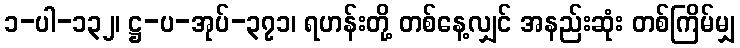
၁-ပါ-၁၃၂၊ ဋ္ဌ-ပ-အုပ်-၃၇၁၊ ရဟန်းတို့ တစ်နေ့လျှင် အနည်းဆုံး တစ်ကြိမ်မျှ